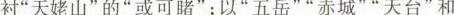
衬”天姥山”的”或可睹”；以”五岳””赤城””天台”和